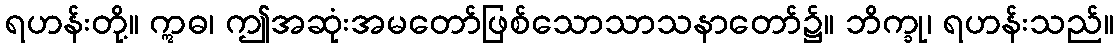
ရဟန်းတို့။ ဣဓ၊ ဤအဆုံးအမတော်ဖြစ်သောသာသနာတော်၌။ ဘိက္ခု၊ ရဟန်းသည်။